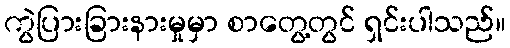
ကွဲပြားခြားနားမှုမှာ စာတွေ့တွင် ရှင်းပါသည်။